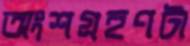
অংশগ্রহণটা